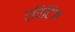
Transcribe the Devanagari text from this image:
ट्रिटिज